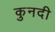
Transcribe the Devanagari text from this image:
कुनदी